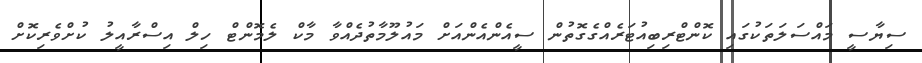
ސިޔާސީ މައްސަލަތަކުގައި ކޮންޓްރިބިއުޓަރެއްގެގޮތުން ސީއެންއެންއަށް މައުލޫމާތުދެއްވާ މާކް ލެމޮންޓް ހިލް އިސްރާއީލު ކުށްވެރިކޮށް